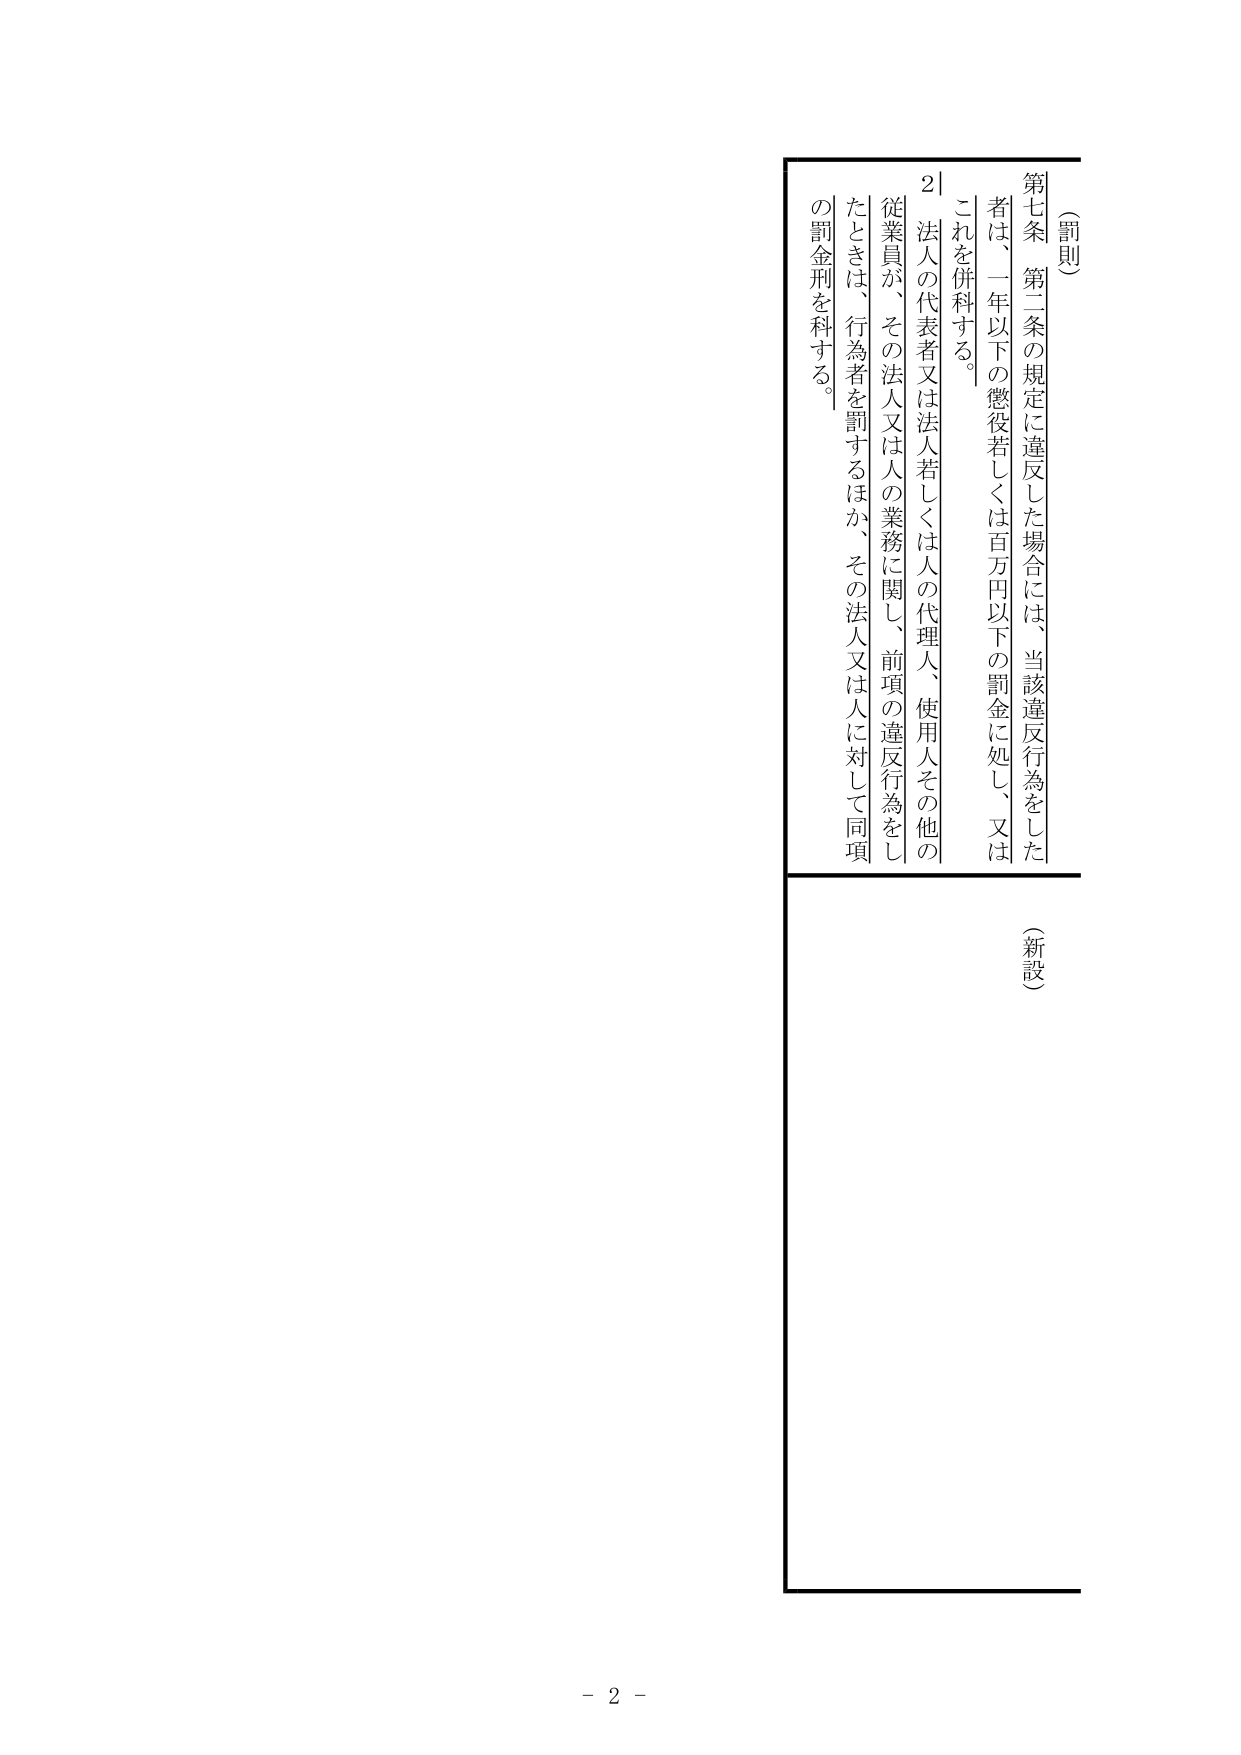
（罰則）

第七条 第二条の規定に違反した場合には、当該違反行為をした者は、一年以下の懲役若しくは百万円以下の罰金に処し、又はこれを併科する。

２ 法人の代表者又は法人若しくは人の代理人、使用人その他の従業員が、その法人又は人の業務に関し、前項の違反行為をしたときは、行為者を罰するほか、その法人又は人に対して同項の罰金刑を科する。

（新設）

－ 2 －